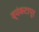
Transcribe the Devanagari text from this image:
व्यंकटापूर